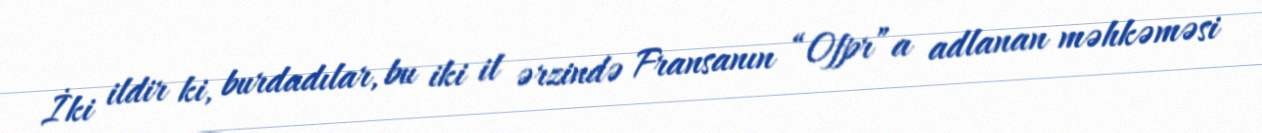
İki ildir ki, burdadılar, bu iki il ərzində Fransanın “Ofpr”a adlanan məhkəməsi